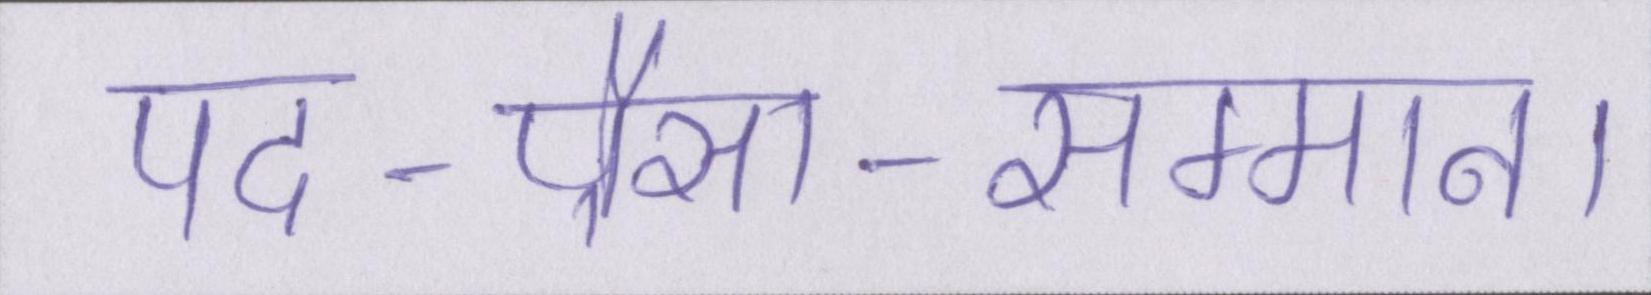
पद-पैसा-सम्मान।